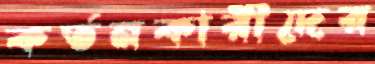
কর্তনকারীদের